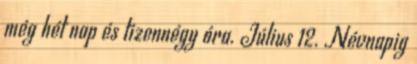
még hét nap és tizennégy óra. Július 12. Névnapig